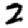
Digit: 2